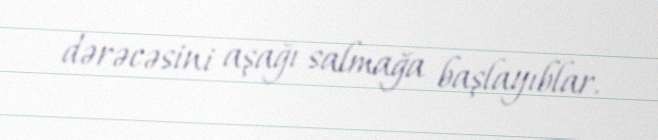
dərəcəsini aşağı salmağa başlayıblar.